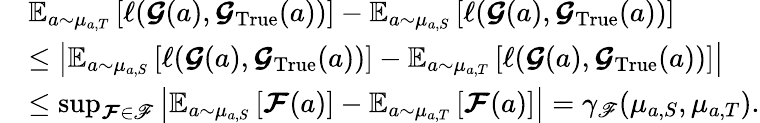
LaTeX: \begin{array}{rl}&{\boldsymbol{\mathbb{E}}_{a\sim\mu_{a,T}}\left[\ell(\boldsymbol{\mathcal{G}}(a),\boldsymbol{\mathcal{G}}_{\mathrm{True}}(a))\right]-\boldsymbol{\mathbb{E}}_{a\sim\mu_{a,S}}\left[\ell(\boldsymbol{\mathcal{G}}(a),\boldsymbol{\mathcal{G}}_{\mathrm{True}}(a))\right]}\\ &{\leq\left|\boldsymbol{\mathbb{E}}_{a\sim\mu_{a,S}}\left[\ell(\boldsymbol{\mathcal{G}}(a),\boldsymbol{\mathcal{G}}_{\mathrm{True}}(a))\right]-\boldsymbol{\mathbb{E}}_{a\sim\mu_{a,T}}\left[\ell(\boldsymbol{\mathcal{G}}(a),\boldsymbol{\mathcal{G}}_{\mathrm{True}}(a))\right]\right|}\\ &{\leq\operatorname*{sup}_{\boldsymbol{\mathcal{F}}\in\mathscr{F}}\left|\boldsymbol{\mathbb{E}}_{a\sim\mu_{a,S}}\left[\boldsymbol{\mathcal{F}}(a)\right]-\boldsymbol{\mathbb{E}}_{a\sim\mu_{a,T}}\left[\boldsymbol{\mathcal{F}}(a)\right]\right|=\gamma_{\mathscr{F}}(\mu_{a,S},\mu_{a,T}).}\end{array}